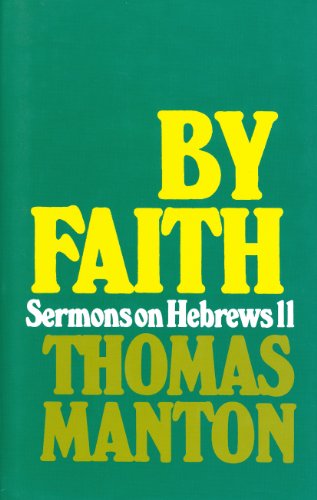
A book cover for By Faith: Sermons on Hebrews 11; Thomas Manton; Religion & Spirituality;